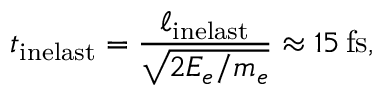
t _ { \mathrm { i n e l a s t } } = \frac { \ell _ { \mathrm { i n e l a s t } } } { \sqrt { 2 E _ { e } / m _ { e } } } \approx 1 5 \, \mathrm { f s } ,